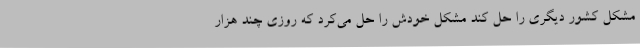
مشکل کشور دیگری را حل کند مشکل خودش را حل می‌کرد که روزی چند هزار